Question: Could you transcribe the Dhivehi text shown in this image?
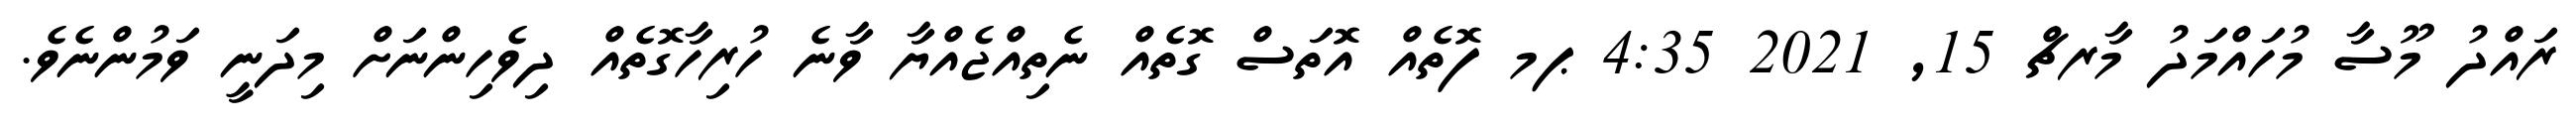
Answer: ރައްދު މޫސާ މުހައްމަދު މާރޗް 15, 2021 4:35 ޕމ ފޮތެއް އޮތަސް ގޮތެއް ނެތިއްޖެއްޔާ ވާނެ ހުރިހާގޮތެއް ދިވެހިންނަށް މިދަނީ ވަމުންނެވެ.